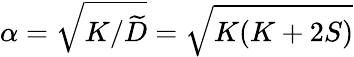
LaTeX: \alpha=\sqrt{K/\widetilde D}=\sqrt{K(K+2S)}